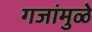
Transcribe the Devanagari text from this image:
गजांमुळे